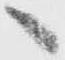
へ